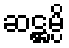
ဆဋ္ဌမ္ပိ